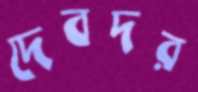
দেবদর